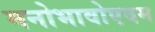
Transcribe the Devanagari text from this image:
मनोभावोएवम